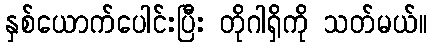
နှစ်ယောက်ပေါင်းပြီး တိုဂါရှိကို သတ်မယ်။